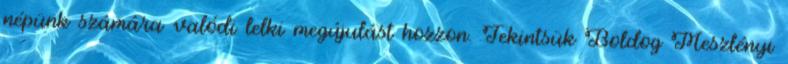
népünk számára valódi lelki megújulást hozzon. Tekintsük Boldog Meszlényi